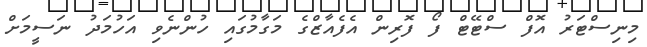
މިނިސްޓަރު އޮފް ސްޓޭޓް ފޯ ފޮރިން އެފެއާޒްގެ މަގާމުގައި ހުންނެވި އަހުމަދު ނަސީމަށް